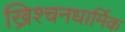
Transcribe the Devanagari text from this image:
ख्रिश्चनधार्मिक